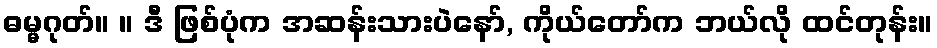
ဓမ္မဂုတ်။ ။ ဒီ ဖြစ်ပုံက အဆန်းသားပဲနော်, ကိုယ်တော်က ဘယ်လို ထင်တုန်း။